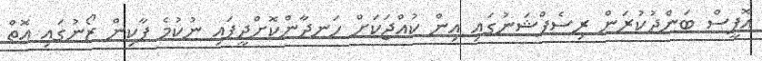
އޮފީސް ބަންދުކުރަން ރިސެޕްޝަނުގައި އިން ކުއްޖަކަށް ހަނދާންކޮށްދީފައި ނުކުމެ ޕާކިން ޒޯނުގައި އޮތް